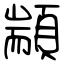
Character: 顓